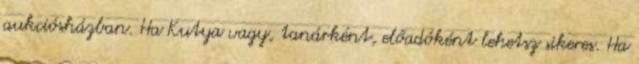
aukciósházban. Ha Kutya vagy, tanárként, előadóként lehetsz sikeres. Ha